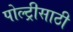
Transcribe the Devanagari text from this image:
पोल्ट्रीसाठी